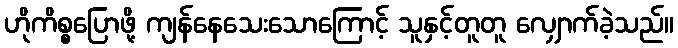
ဟိုကိစ္စပြောဖို့ ကျန်နေသေးသောကြောင့် သူနှင့်တူတူ လျှောက်ခဲ့သည်။